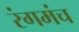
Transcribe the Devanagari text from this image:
रंगमंच